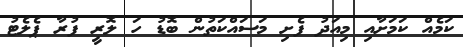
ކަމެއް ކަމަށާއި މިއަދު ފެށި މަސައްކަތުން ބޮޑު ހަ ލޮރީ ފުރާ ޕެލެޓު